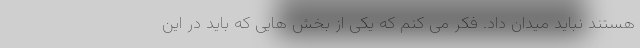
هستند نباید میدان داد. فکر مى کنم که یکى از بخش هایى که باید در این